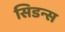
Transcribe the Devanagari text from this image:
सिडन्स